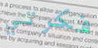
فكرتي